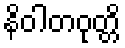
နိဝါတဝုတ္တိ